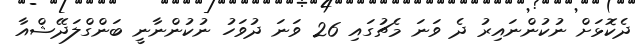
ދެކޮޅަށް ނުކުންނައިރު ދެ ވަނަ މެޗުގައި 26 ވަނަ ދުވަހު ނުކުންނާނީ ބަންގްލަދޭޝްއާ